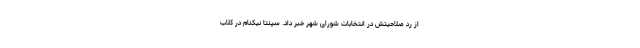
از رد صلاحیتش در انتخابات شورای شهر خبر داد. سپنتا نیکنام در کلاب